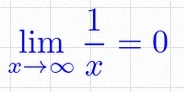
\lim_{x\to\infty}\frac{1}{x}=0